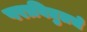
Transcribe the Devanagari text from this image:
पराविद्युतचे